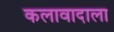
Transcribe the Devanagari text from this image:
कलावादाला